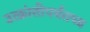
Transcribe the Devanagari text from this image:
उत्क्रांतीपर्यंतच्य